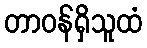
တာဝန်ရှိသူထံ